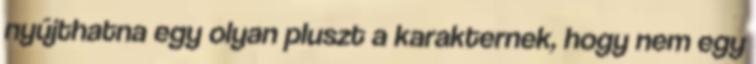
nyújthatna egy olyan pluszt a karakternek, hogy nem egy